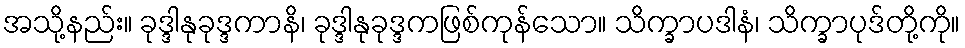
အသို့နည်း။ ခုဒ္ဒါနုခုဒ္ဒကာနိ၊ ခုဒ္ဒါနုခုဒ္ဒကဖြစ်ကုန်သော။ သိက္ခာပဒါနံ၊ သိက္ခာပုဒ်တို့ကို။